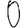
Digit: 0